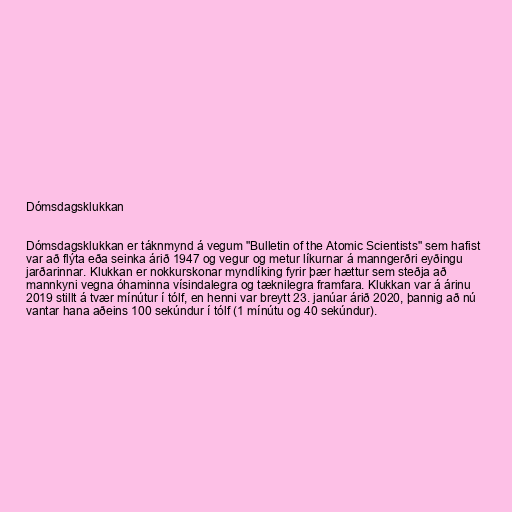
Dómsdagsklukkan

Dómsdagsklukkan er táknmynd á vegum "Bulletin of the Atomic Scientists" sem hafist
var að flýta eða seinka árið 1947 og vegur og metur líkurnar á manngerðri eyðingu
jarðarinnar. Klukkan er nokkurskonar myndlíking fyrir þær hættur sem steðja að
mannkyni vegna óhaminna vísindalegra og tæknilegra framfara. Klukkan var á árinu
2019 stillt á tvær mínútur í tólf, en henni var breytt 23. janúar árið 2020, þannig að nú
vantar hana aðeins 100 sekúndur í tólf (1 mínútu og 40 sekúndur).